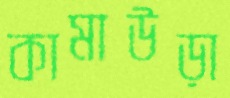
কামাউড়া